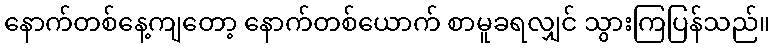
နောက်တစ်နေ့ကျတော့ နောက်တစ်ယောက် စာမူခရလျှင် သွားကြပြန်သည်။